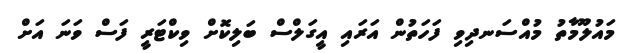
މައުލޫމާތު މުއްސަނދިވި ފަހަތުން އަރައި އީގަލްސް ބަލިކޮށް ވިކްޓަރީ ފަސް ވަނަ އަށް